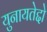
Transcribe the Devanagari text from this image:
युनायतेद्दो